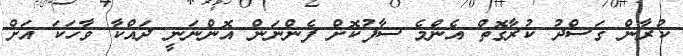
ކުރާން ގަސްދު ކުރާގޮތް އެންމެ ސާފުކޮށް ފެންނަން އޮންނަނީ ދައްކާ ވާހަކަ އަށް